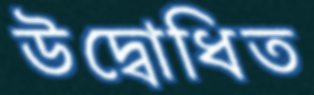
উদ্বোধিত